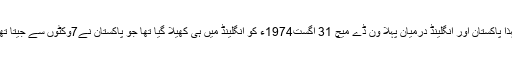
لہذا پاکستان اور انگلینڈ درمیان پہلا وَن ڈے میچ 31ِ اگست1974ء کو انگلینڈ میں ہی کھیلا گیا تھا جو پاکستان نے7وکٹوں سے جیتا تھا۔